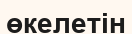
өкелетін